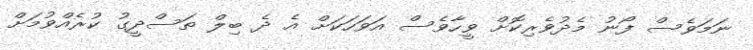
ނަމަވެސް ފޯނު މެދުވެރިކޮށް ވީހާވެސް އަވަހަކަށް އެ ދެ ބިލް ތަސްދީގު ކުރެއްވުމަށް